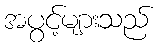
အပွင့်များသည်